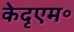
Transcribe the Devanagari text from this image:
केदृएम॰